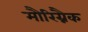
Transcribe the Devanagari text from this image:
मौरिग्नैक